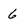
Character: 6